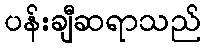
ပန်းချီဆရာသည်